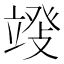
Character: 𱷬